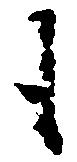
も